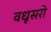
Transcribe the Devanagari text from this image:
वधूसरी